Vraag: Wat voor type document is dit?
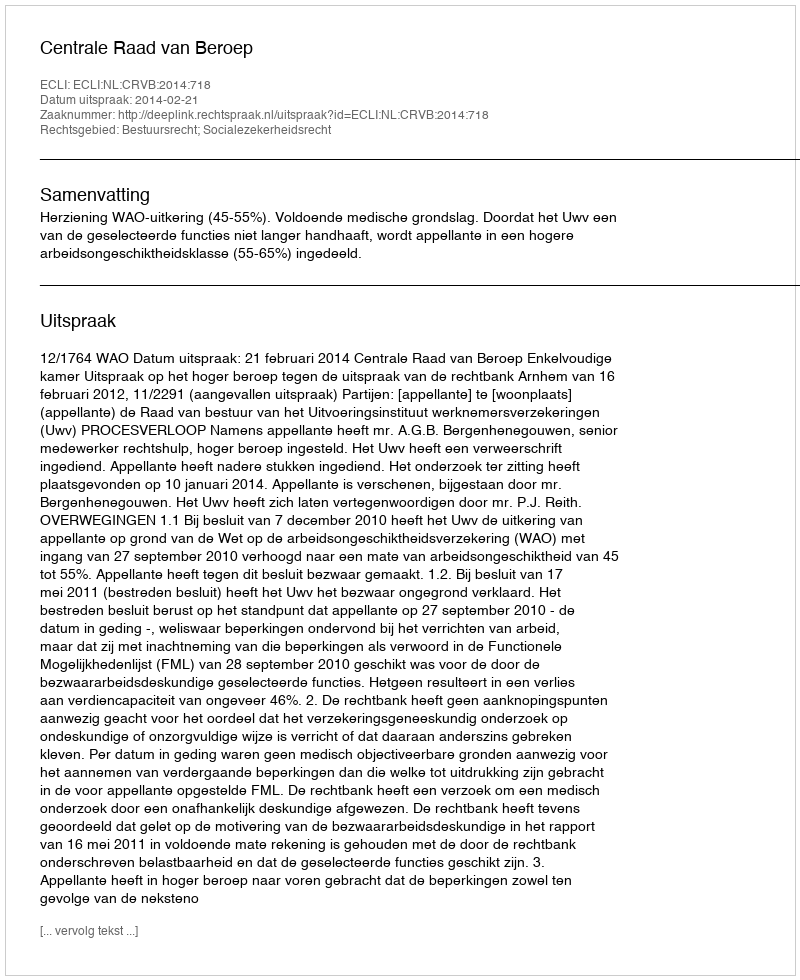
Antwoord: Uitspraak